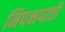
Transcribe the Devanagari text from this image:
निपक्षपाती